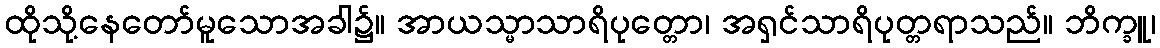
ထိုသို့နေတော်မူသောအခါ၌။ အာယသ္မာသာရိပုတ္တော၊ အရှင်သာရိပုတ္တရာသည်။ ဘိက္ခူ၊